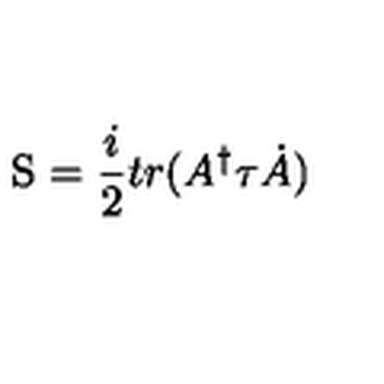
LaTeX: \mathrm { \boldmath S } = \frac { i } { 2 } t r ( A ^ { \dag } \mathrm { \boldmath \tau } \dot { A } )